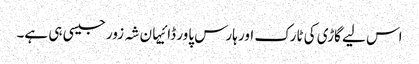
اس لیے گاڑی کی ٹارک اور ہارس پاور ڈائیہان شہ زور جیسی ہی ہے۔